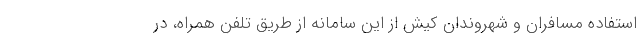
استفاده مسافران و شهروندان کیش از این سامانه از طریق تلفن همراه، در